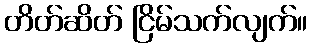
တိတ်ဆိတ် ငြိမ်သက်လျက်။